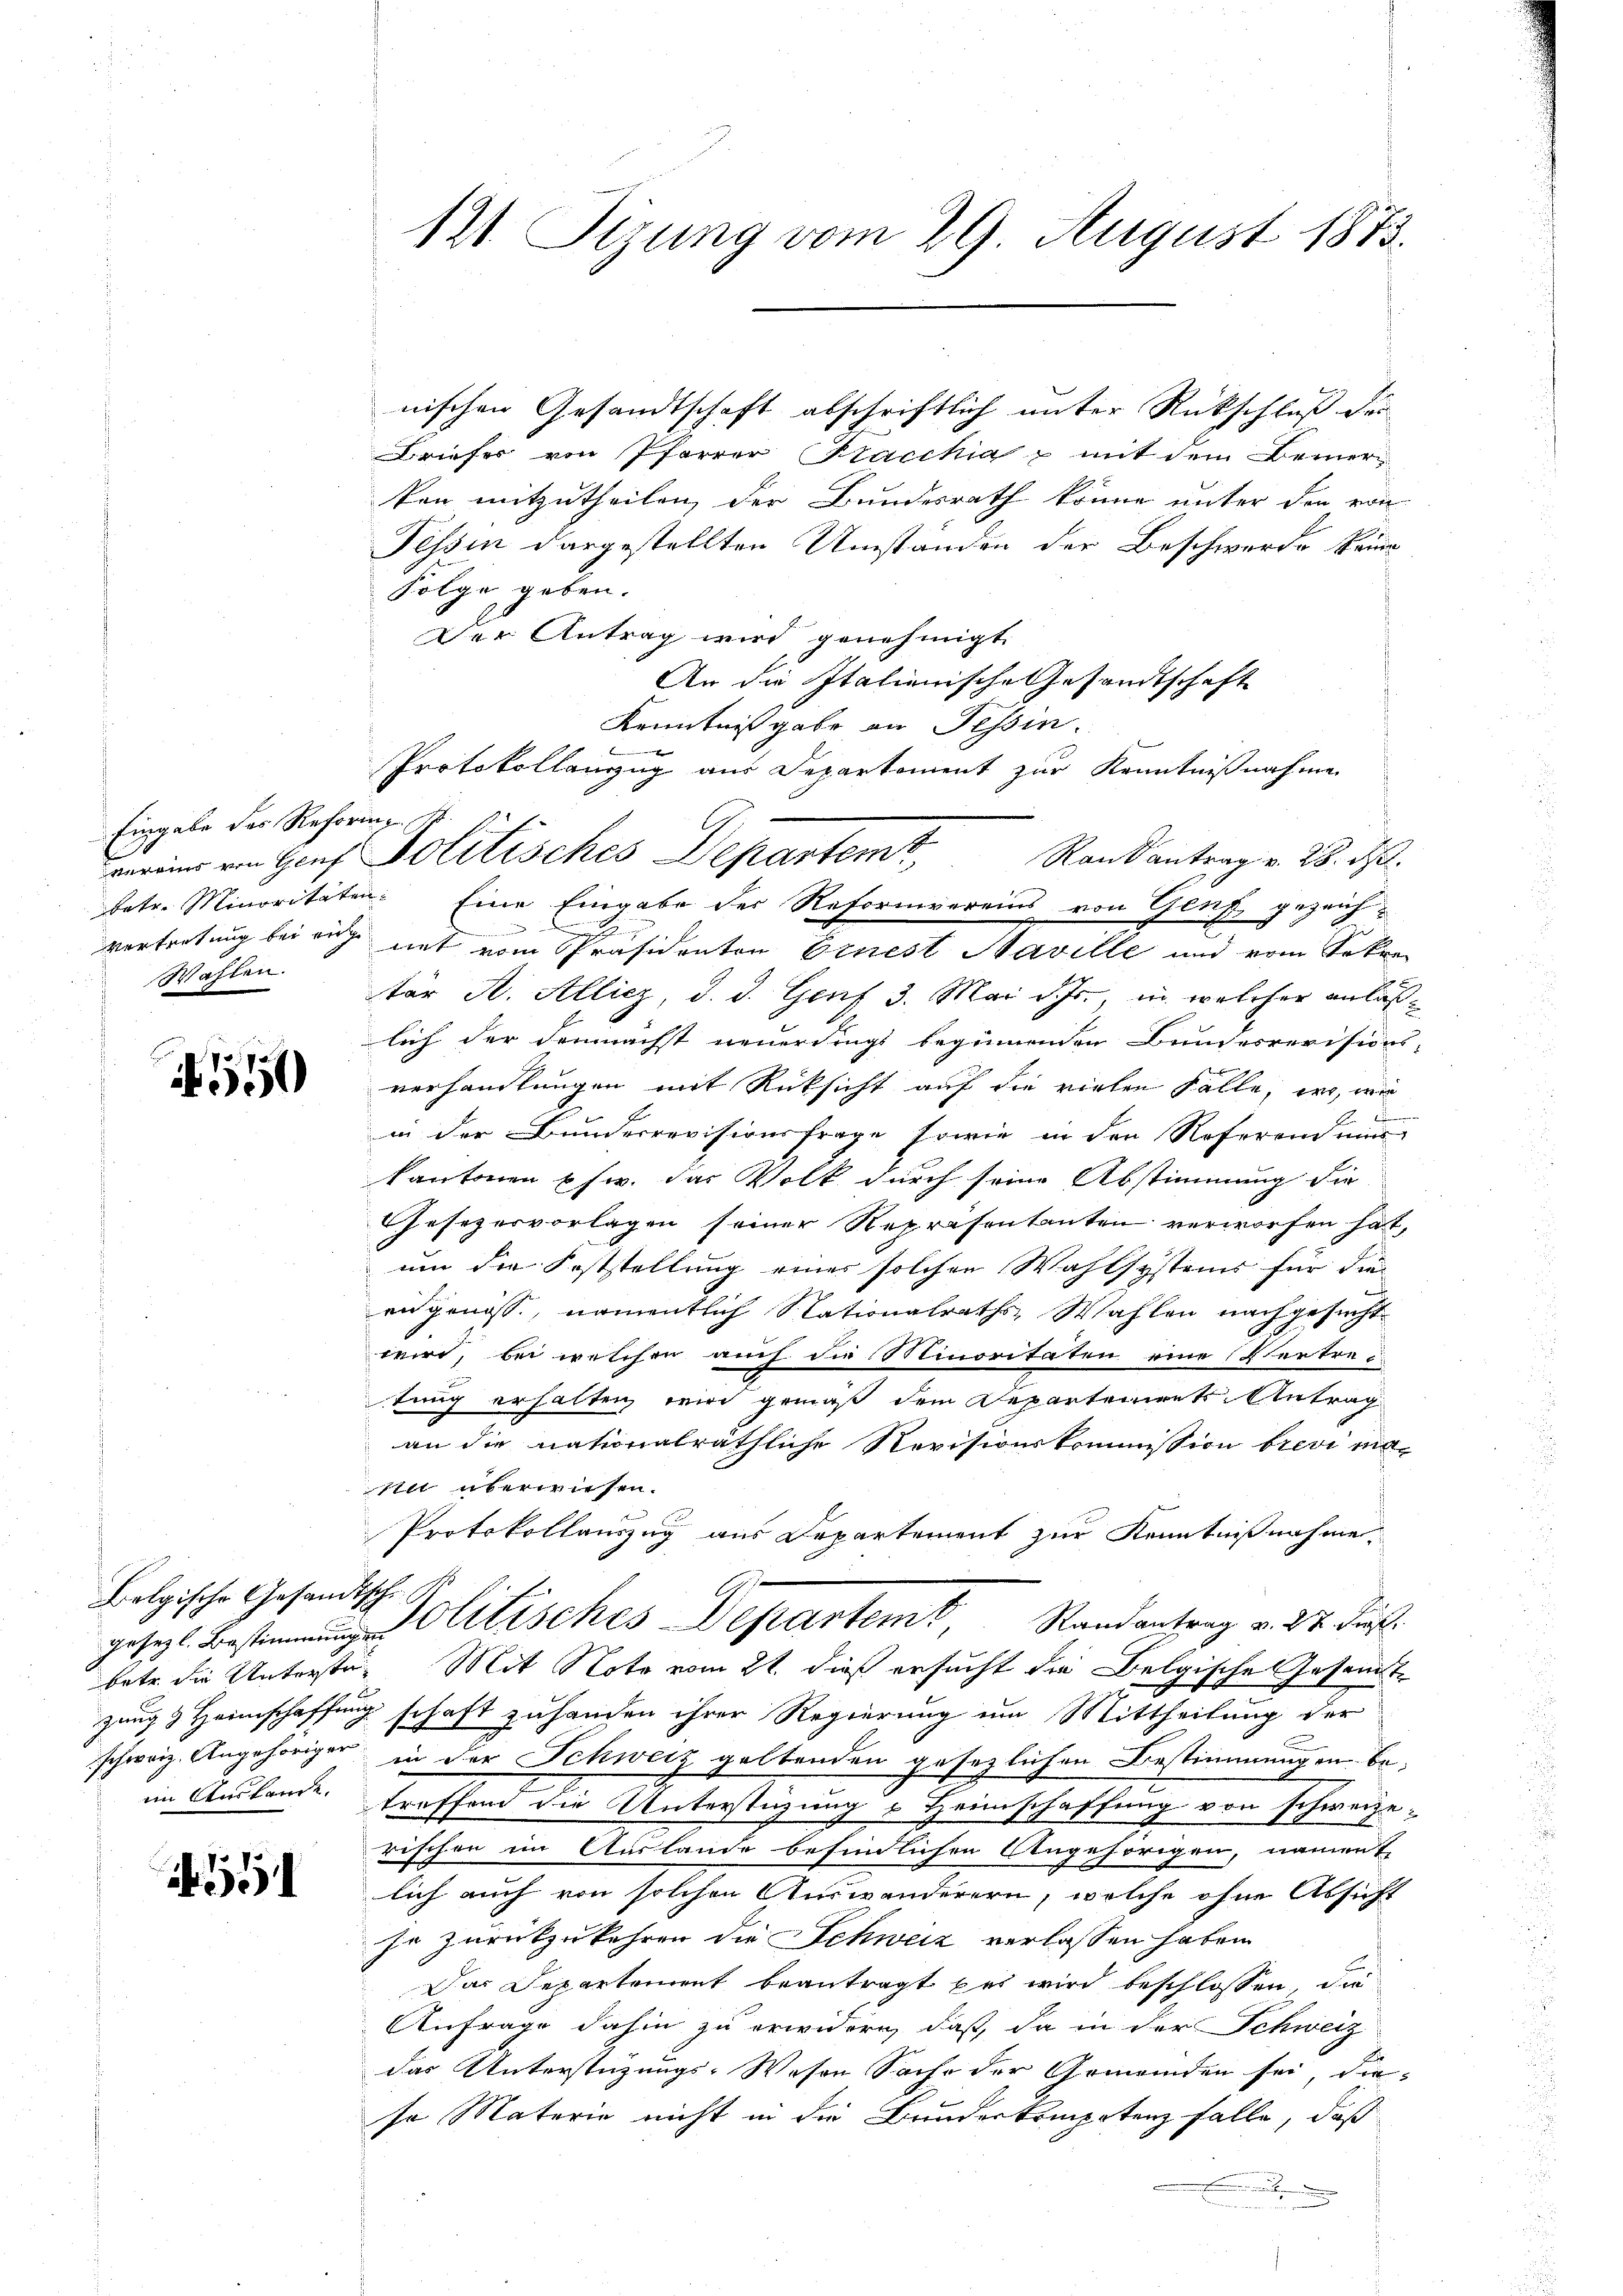
Eingabe des Reforme S.
Wahlen.

N. 110

Belgische Gesandtschweiz. Angehörigen
im Ausbrude

551

121. Seizung vom 29. August 1873.

nischen Gesandtschaft abschriftlich unter Rückschluß die
Briefer von Pfarrer Kacchia p mit dem Beiner
ken mitzutheilen, der Bundesrath könne unter den von
Tessin dargestellten Umständen der Beschwerde keine
Folge geben.
Der Antrag wird genehmigt.
An die Italienische Gesandtschaft
Kenntnißgabe an Tessin.
Protokollanzug aus Deparkoment zur Kenntnißnahme
Rank antrag v. 28. d.
haten Minoritäten. Eine Eingabe der Natorinvereins von Genf gezeichd
E
Vertretung bei auch mit vom Präsidenten Einest Maville und vom Sekre
tär A. Allicz, d. d. Genf 3. Mai d. Js., in welcher anlaßlich der demnächst neuerdings beginnenden Bundesrevisions-
verhandlungen mit Rücksicht auf die vielen Fälle, wo, wie
e
in der Bunderrevisionsfrage sowie in den Referend ein
kantonen pfw. das Volk durch seine Abstimmung die
Gesezesvorlagen seiner Repräsentanten verworfen hat,
um die Koststellung eines solchen Wahlsystems für die
angenoss, namentlich Nationalraths- Wahlen nachgesucht.
wird, bei welchen auch die Minoritäten eine Vertretung erhalten wird gemäß dem Repartenirets Antrag
an die nationalräthliche Revisionskommission brevi mani überwiesen.
Protokollauszug aus Departement zur Kenntnißnahme.
H
Jes. Bestitisches Departem Randantrag v. 24. Frl.
betr. die Unterste. Mit Note vom 21. dieß ersucht die Belgische Gesamte
zung & Heimschaffung schaft zuhanden ihrer Regierung um Mittheilung der
in der Schweiz geltenden gesezlichen Bestimmungen betreffend die Unterstüzung & Heimschaffung von schweizerischen ein Auslande befindlichen Angehörigen, nament
lich auch von solchen Auswanderern, welche ohne Absicht
je zurückzukehren die Schweiz verlassen haben.
Das Departement beantragt das wird beschlossen, die
Anfrage dahin zu erwidern, daß, da in der Schweiz
das Unterstützungs-Wesen Sache der Gemeinden sei, die-
so Materie nicht in die Bruderkompetenz falle, daß
.

meiner ein Genf Politisches Departemt,